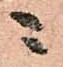
ニ